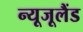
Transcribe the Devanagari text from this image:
न्यूजूलैंड